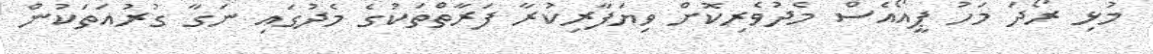
މުޅި ރޯދަ މަހު ޕީއޯއެސް މެދުވެރިކޮށް ވިޔަފާރިކުރާ ފަރާތްތަކުގެ މެދުގައި ނަގާ ގުރުއަތަކުން